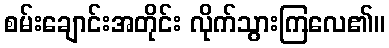
စမ်းချောင်းအတိုင်း လိုက်သွားကြလေ၏။